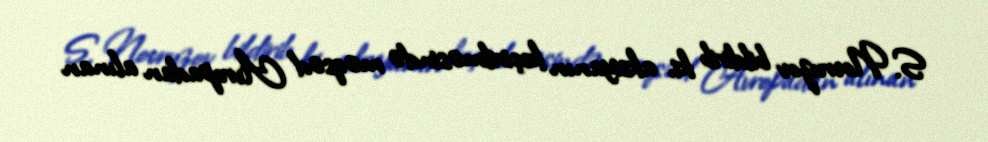
S. Novruzov bildirib ki, aksiyanın keçirilməsində məqsəd Avropadan alınan